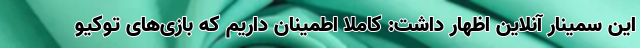
این سمینار آنلاین اظهار داشت: کاملا اطمینان داریم که بازی‌های توکیو